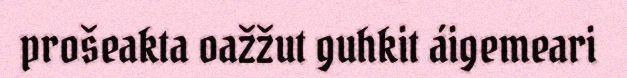
prošeakta oažžut guhkit áigemeari